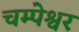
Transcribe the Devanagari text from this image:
चम्पेश्वर